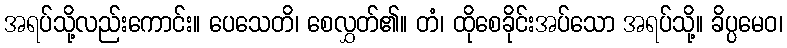
အရပ်သို့လည်းကောင်း။ ပေသေတိ၊ စေလွှတ်၏။ တံ၊ ထိုစေခိုင်းအပ်သော အရပ်သို့။ ခိပ္ပမေဝ၊